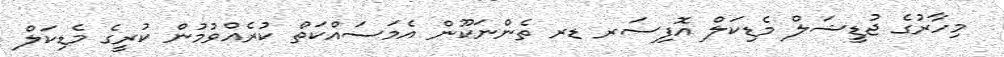
މިހާރުގެ ޖުޑީޝަލް މެޑިކަލް އޮފިސަރ ޑރ ތެންނަކޫން އެމަސައްކަތް ކުރެއްވުމުން ކުރީގެ މެޑިކަލް